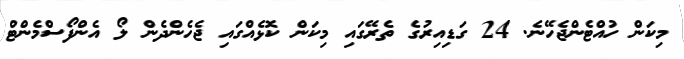
މިކަން ހުއްޓެންޖެހޭނެ. 24 ގަޑިއިރުގެ ތެރޭގައި މިކަން ކޮޅެއްގައި ޖެހެންދެން ލޯ އެންފޯސްމެންޓް